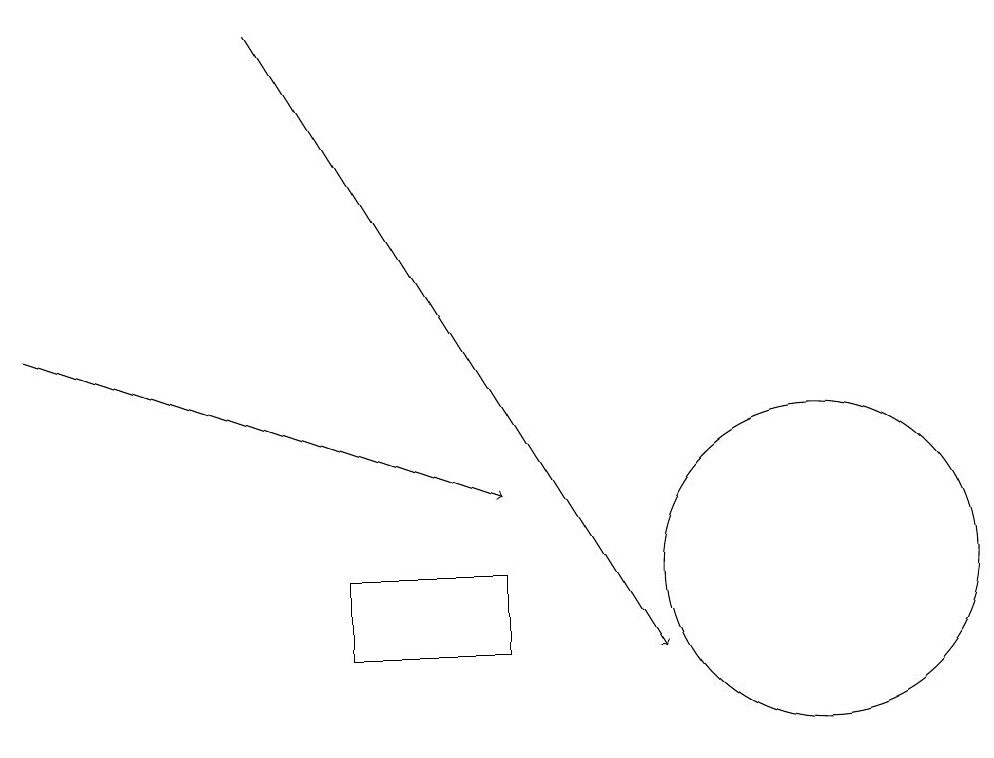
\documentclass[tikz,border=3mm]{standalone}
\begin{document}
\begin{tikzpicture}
\draw[->] (1,14) -- (7,12);
\draw (11,11) circle (2);
\draw[->] (4,18) -- (9,10);
\draw (7,10) rectangle (5,11);
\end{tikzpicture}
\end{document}